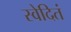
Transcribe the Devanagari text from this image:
स्वेदितं